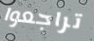
تراجعوا